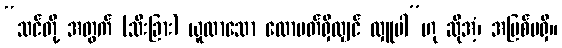
“သင်တို့ အတွက် (သီးခြား) ယူလာသော ထောပတ်ရှိလျှင် လှူပါ”ဟု ဆိုအံ့၊ အပြစ်မရှိ။